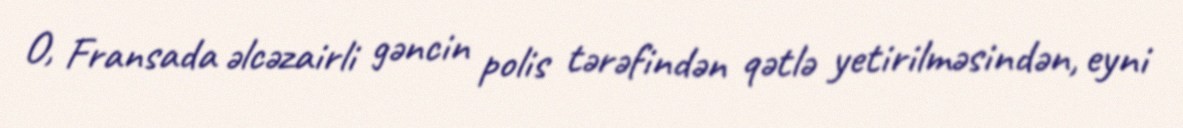
O, Fransada əlcəzairli gəncin polis tərəfindən qətlə yetirilməsindən, eyni